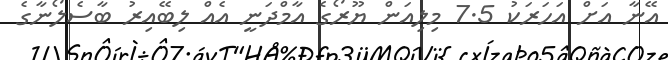
އޭނާ އަށް އަހަރަކު 7.5 މިލިއަން ޔޫރޯގެ އާމްދަނީ އެއް ލިބޭއިރު ބާސެލޯނާގެ